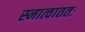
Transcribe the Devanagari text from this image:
स्नात्वाततः